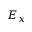
E _ { x }